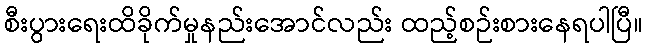
စီးပွားရေးထိခိုက်မှုနည်းအောင်လည်း ထည့်စဉ်းစားနေရပါပြီ။